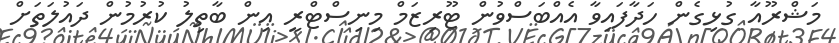
މަޝްރޫއާ ގުޅިގެން ހަދާފައިވާ އެއްބަސްވުން ޓޫރިޒަމް މިނިސްޓްރީ އިން ބާތިލު ކުރުމުން ދައުލަތަށް